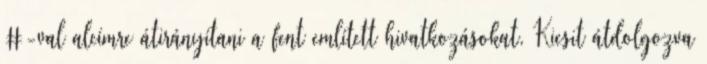
#-val alcímre átirányítani a fent említett hivatkozásokat. Kicsit átdolgozva